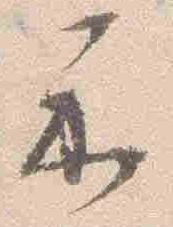
示